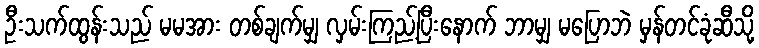
ဦးသက်ထွန်းသည် မမအား တစ်ချက်မျှ လှမ်းကြည့်ပြီးနောက် ဘာမျှ မပြောဘဲ မှန်တင်ခုံဆီသို့